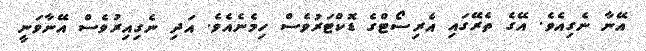
އޭނާ ނެގިއެވެ. އޭގެ ތެރޭގައި އެރިސޯޓްގެ ޑޮކްޓަރުވެސް ހިމެނެއެވެ. އަދި ނެގިއިރުވެސް އޭނާވަނީ